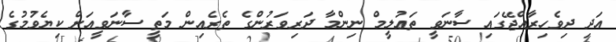
އަދި ދިވެހިރާއްޖޭގައި ސާނަވީ ތަޢުލީމް ނިންމާ ދަރިވަރުންގެ ތެރެއިން މަތީ ސާނަވީއަށް ކިޔެވުމުގެ